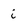
Character: i